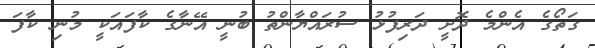
ގަތޯގެ އެންމެ ދޮށީ ދަރިފުޅު ސުރައްޔާންތު ބުނީ އޭނާގެ ކާފައަކީ މުނި ކާފަ